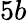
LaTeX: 5b